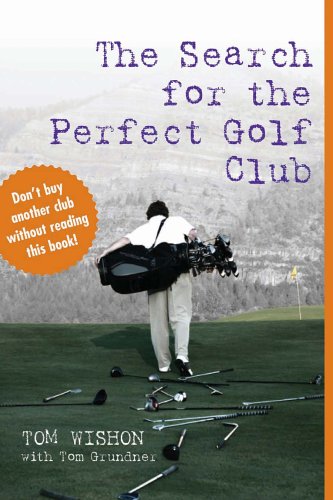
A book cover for The Search for the Perfect Golf Club; Tom Wishon; Sports & Outdoors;